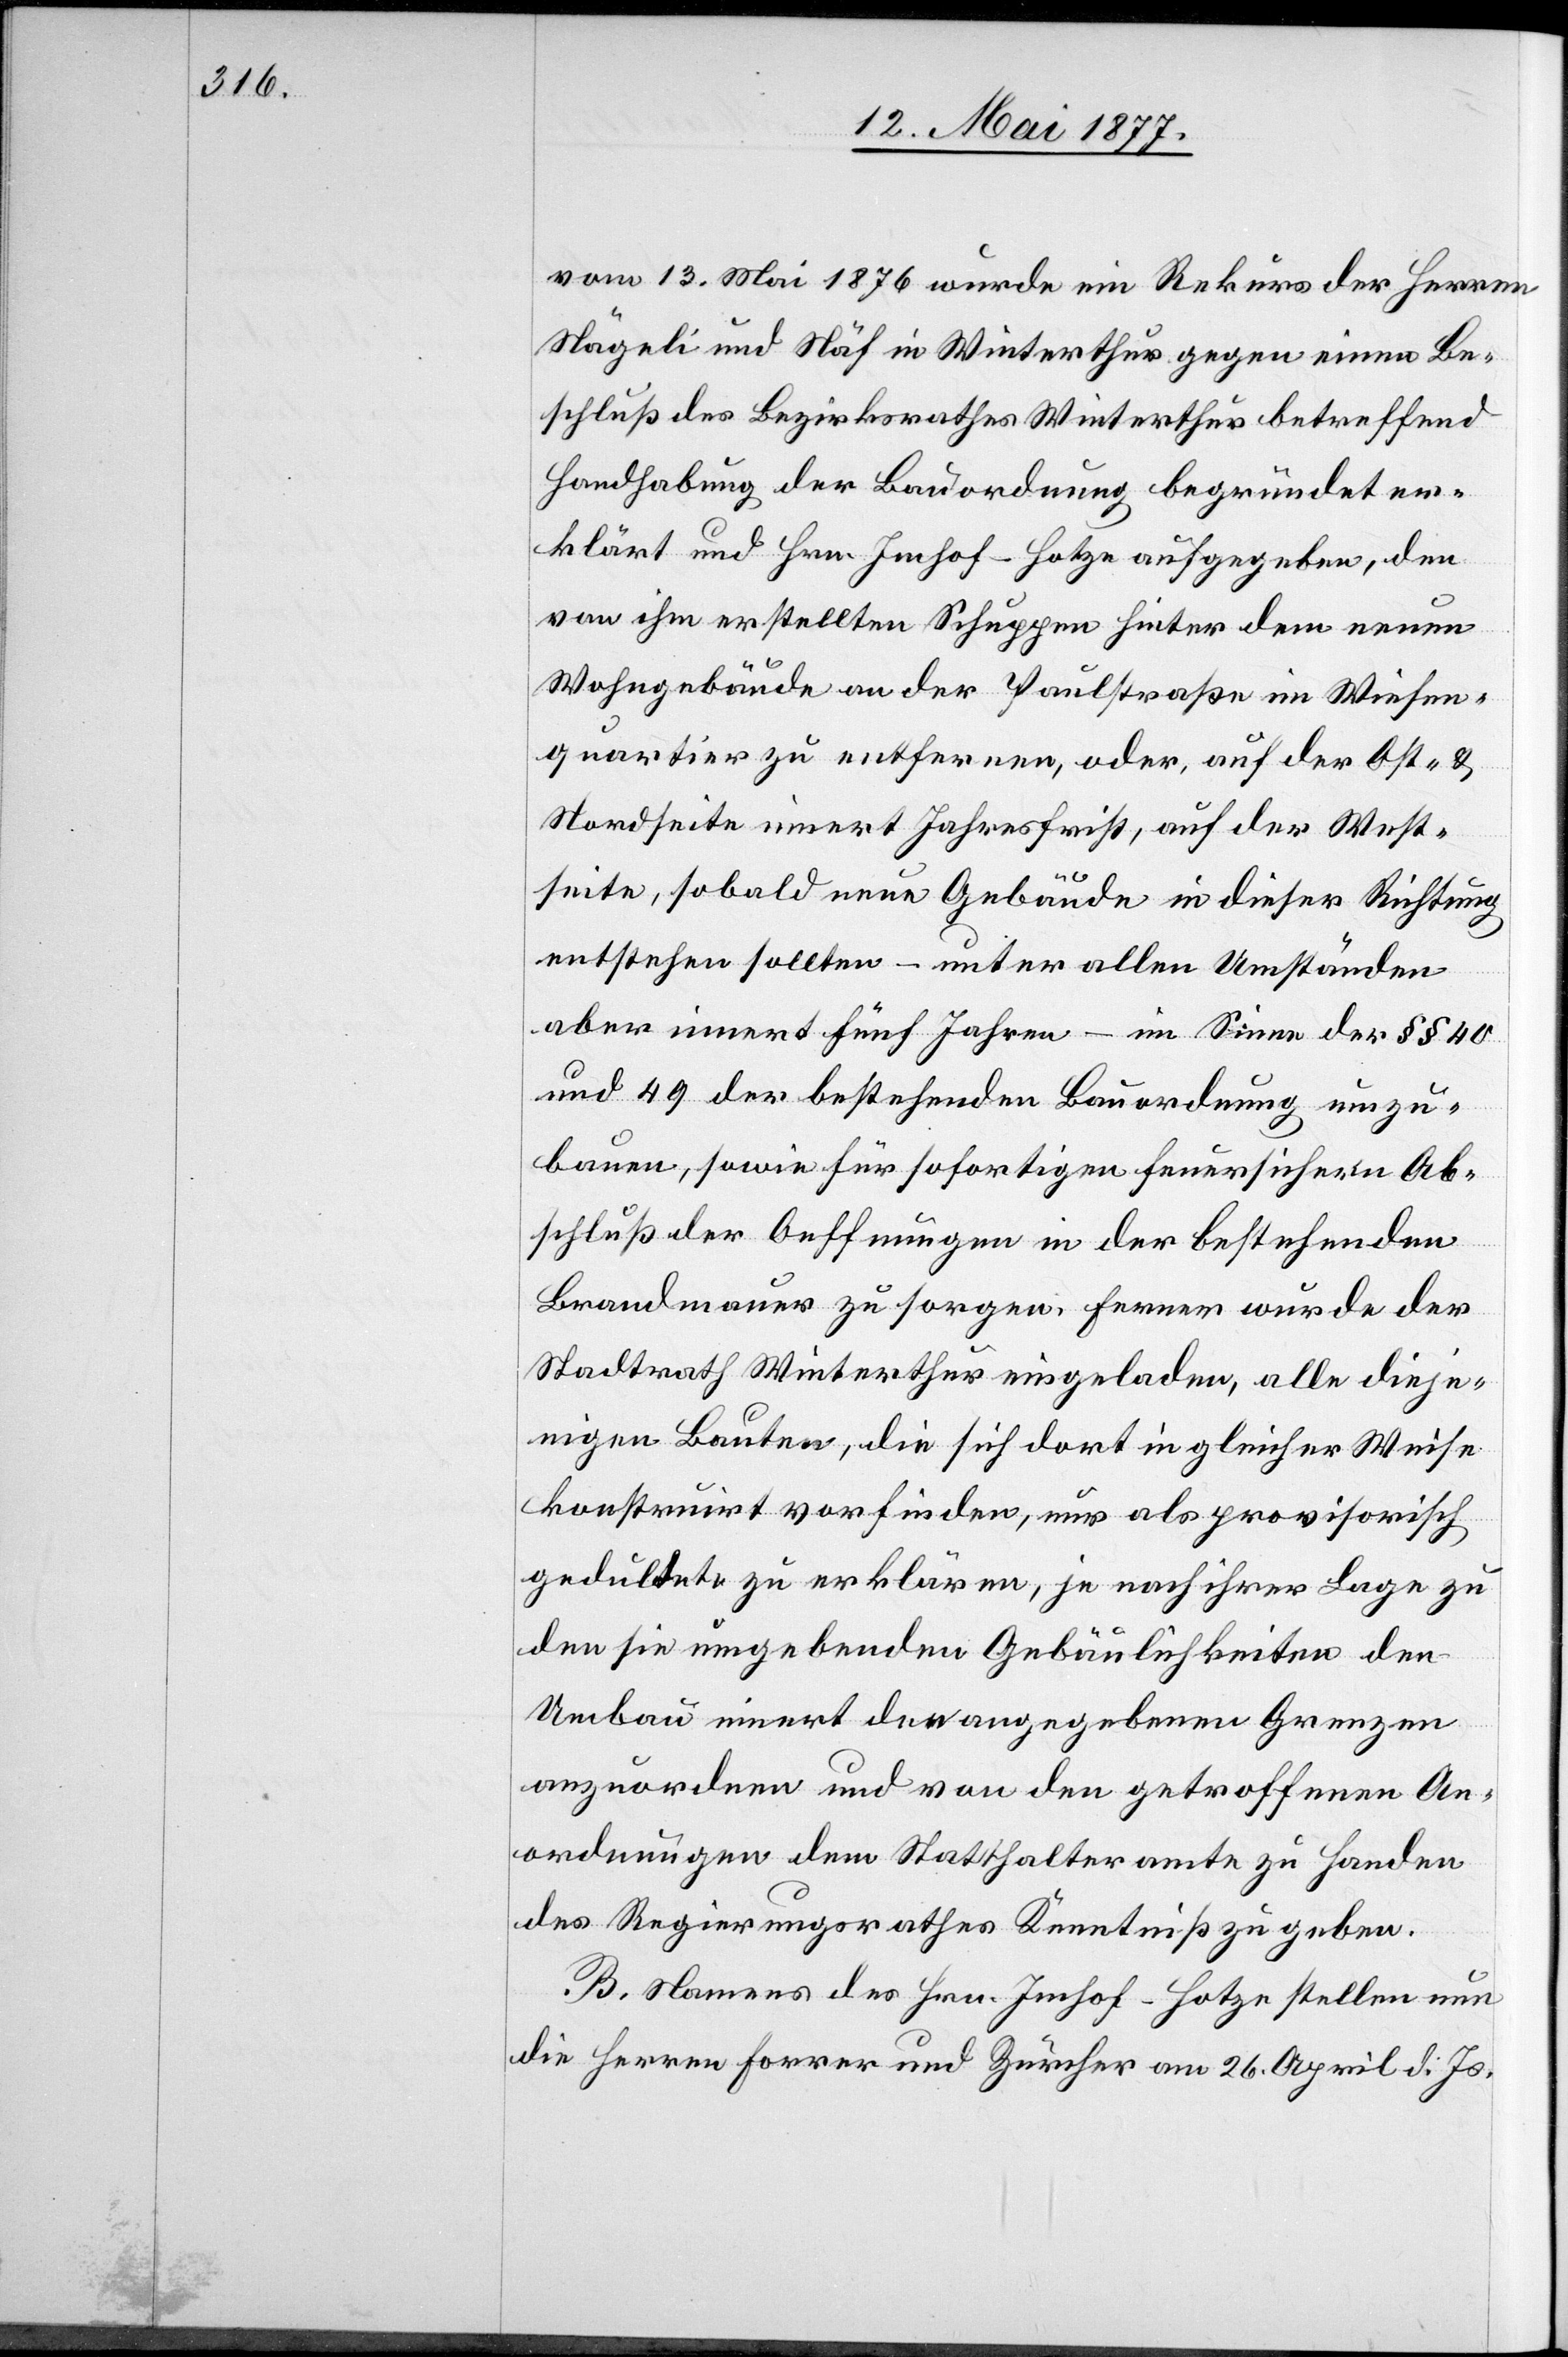
vom 13. Mai 1876 wurde ein Rekurs der Herren
Nägeli und Näf in Winterthur gegen einen Be¬
schluß des Bezirksrathes Winterthur betreffend
Handhabung der Bauordnung begründet er¬
klärt und Hrn. Imhof-Hotze aufgegeben, den
von ihm erstellten Schuppen hinter dem neuen
Wohngebäude an der Paulstraße im Wiesen¬
quartier zu entfernen, oder, auf der Ost- &
Nordseite innert Jahresfrist, auf der West¬
seite, sobald neue Gebäude in dieser Richtung
entstehen sollten – unter allen Umständen
aber innert fünf Jahren – im Sinne der §§ 40
und 49 der bestehenden Bauordnung umzu¬
bauen, sowie für sofortigen feuersichern Ab¬
schluß der Oeffnungen in der bestehenden
Brandmauer zu sorgen. Ferner wurde der
Stadtrath Winterthur eingeladen, alle dieje¬
nigen Bauten, die sich dort in gleicher Weise
konsturirt vorfinden, nur als provisorisch
geduldete zu erklären, je nach ihrer Lage zu
den sie umgebenden Gebäulichkeiten den
Umbau innert den angegebenen Grenzen
anzuordnen und von den getroffenen An¬
ordnungen dem Statthalteramte zu Handen
des Regierungsrathes Kenntniß zu geben.
B. Namens des Hrn. Imhof-Hotze stellen nun
die Herren Forrer und Zürcher am 26. April d. Js.